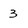
Character: 3